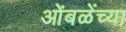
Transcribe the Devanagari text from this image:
ओंबळेंच्या